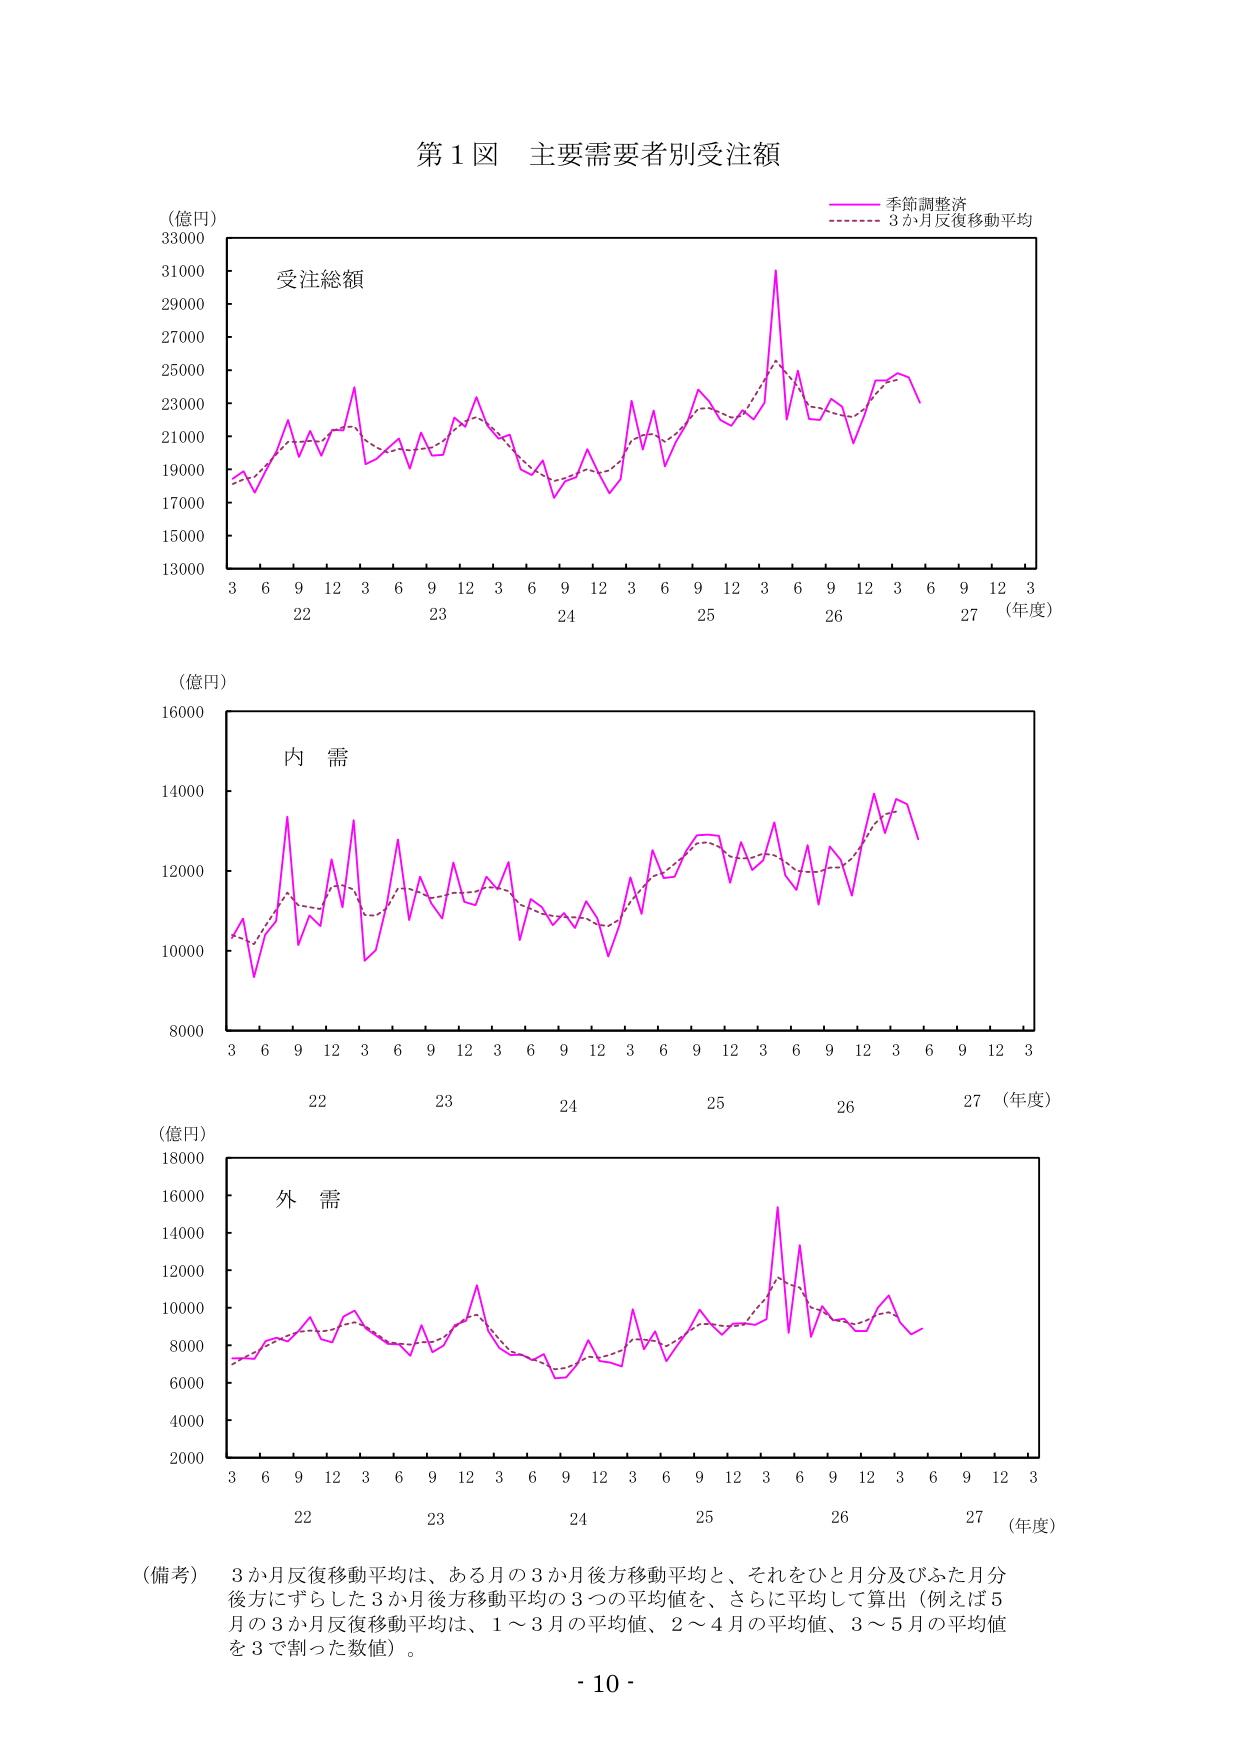
第１図 主要需要者別受注額

（億円）
33000
31000
29000
27000
25000
23000
21000
19000
17000
15000
13000

受注総額

季節調整済
3か月反復移動平均

3 6 9 12 3 6 9 12 3 6 9 12 3 6 9 12 3 6 9 12 3
22 23 24 25 26 27 （年度）

（億円）
16000
14000
12000
10000
8000

内 需

3 6 9 12 3 6 9 12 3 6 9 12 3 6 9 12 3 6 9 12 3
22 23 24 25 26 27 （年度）

（億円）
18000
16000
14000
12000
10000
8000
6000
4000
2000

外 需

3 6 9 12 3 6 9 12 3 6 9 12 3 6 9 12 3 6 9 12 3
22 23 24 25 26 27 （年度）

（備考） 3か月反復移動平均は、ある月の3か月後方移動平均と、それをひと月分及びふた月分
後方にずらした3か月後方移動平均の3つの平均値を、さらに平均して算出（例えば5
月の3か月反復移動平均は、1～3月の平均値、2～4月の平均値、3～5月の平均値
を3で割った数値）。

- 10 -